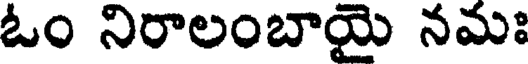
ఓం నిరాలంబాయై నమః